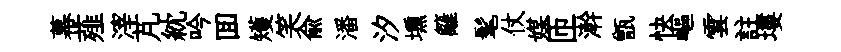
幕薤滓芃紞吟囬矱笑俞潘汐壎籬髦仗媒匝澣甑快嶇雲註塿